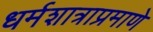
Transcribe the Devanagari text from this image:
धर्मशात्राप्रमाणे